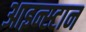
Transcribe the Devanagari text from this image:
आइन्स्टान